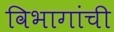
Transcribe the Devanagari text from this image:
विभागांंची